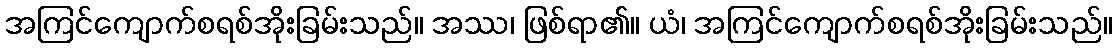
အကြင်ကျောက်စရစ်အိုးခြမ်းသည်။ အဿ၊ ဖြစ်ရာ၏။ ယံ၊ အကြင်ကျောက်စရစ်အိုးခြမ်းသည်။